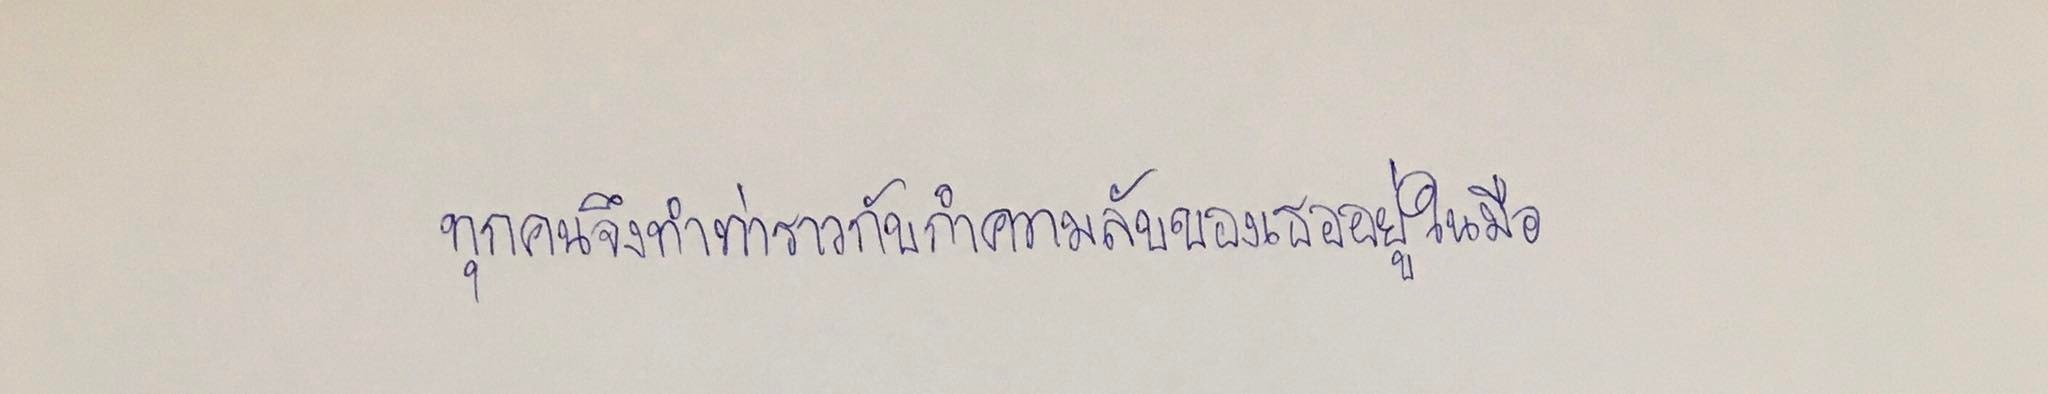
ทุกคนจึงทำท่าราวกับกำความลับของเธออยู่ในมือ